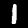
Label: 1